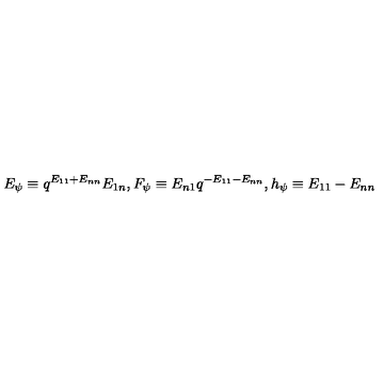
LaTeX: E _ { \psi } \equiv q ^ { E _ { 1 1 } + E _ { n n } } E _ { 1 n } , F _ { \psi } \equiv E _ { n 1 } q ^ { - E _ { 1 1 } - E _ { n n } } , h _ { \psi } \equiv E _ { 1 1 } - E _ { n n }